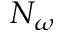
N _ { \omega }